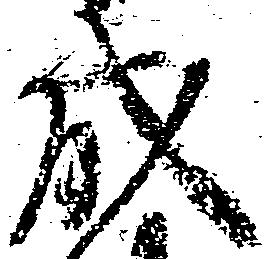
成